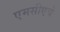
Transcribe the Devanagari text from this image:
एमसीएचे